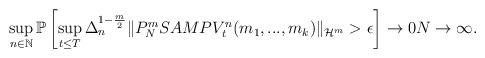
LaTeX: \begin{align*} &\sup_{n\in\mathbb N}\mathbb P\left[\sup_{t\leq T} \Delta_n^{1-\frac m2}\|P_N^m SAMPV_t^n(m_1,...,m_k)\|_{\mathcal H^m}>\epsilon\right] \to 0 N\to \infty.\end{align*}